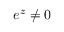
e ^ { z } \neq 0